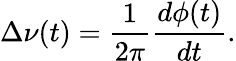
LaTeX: \Delta\nu(t)=\frac{1}{2\pi}\frac{d\phi(t)}{dt}.